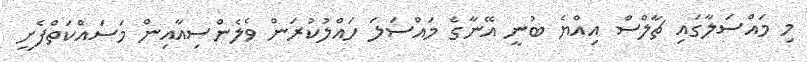
މި މައްސަލާގައި ޗާލްސް އިއްޔެ ބުނީ އޭނާގެ މައްސަލަ ހައްލުކުރަން ވެލެންސިއާއިން މަސައްކަތްފެށީ